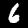
Digit: 6